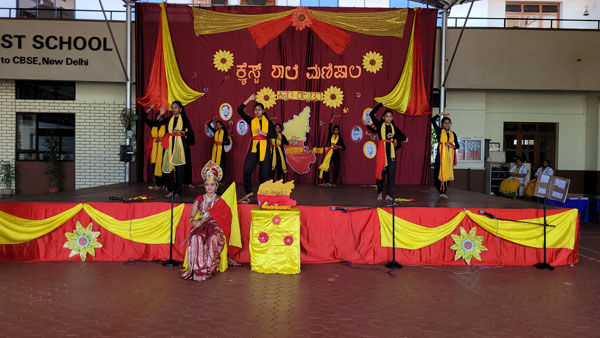
Language: kannada
Transcription: ಕ್ರೈಸ್ಟ್ ಶಾಲೆ ಮಣಿಪಾಲ